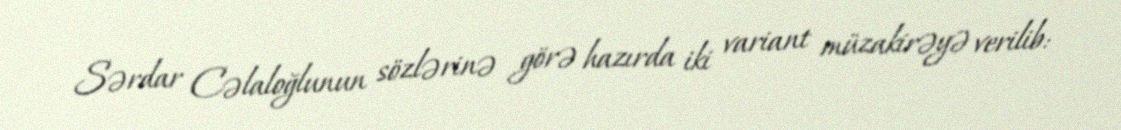
Sərdar Cəlaloğlunun sözlərinə görə hazırda iki variant müzakirəyə verilib: